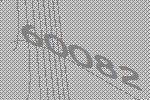
60082